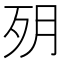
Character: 㱚